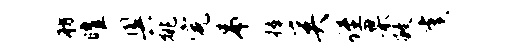
舫曜奥挑完吊捧奚侄臬敝虞